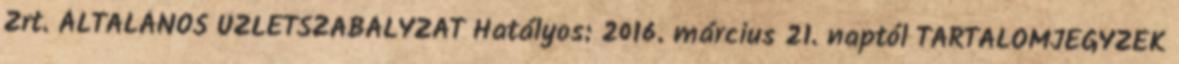
Zrt. ÁLTALÁNOS ÜZLETSZABÁLYZAT Hatályos: 2016. március 21. naptól TARTALOMJEGYZÉK